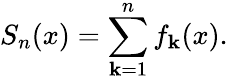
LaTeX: S_{n}(x)=\sum_{\mathbf{k}=1}^{n}f_{\mathbf{k}}(x).